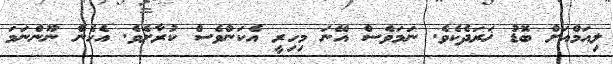
ލިއަމްއަށް ބޮޑު ޚަރަދެކެވެ. ނަމަވެސް އޭނަ މިހިރީ އެކަންވެސް ކުރާށެވެ. އެހެން ނޫންނަމަ